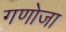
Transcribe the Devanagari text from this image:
गणोजा